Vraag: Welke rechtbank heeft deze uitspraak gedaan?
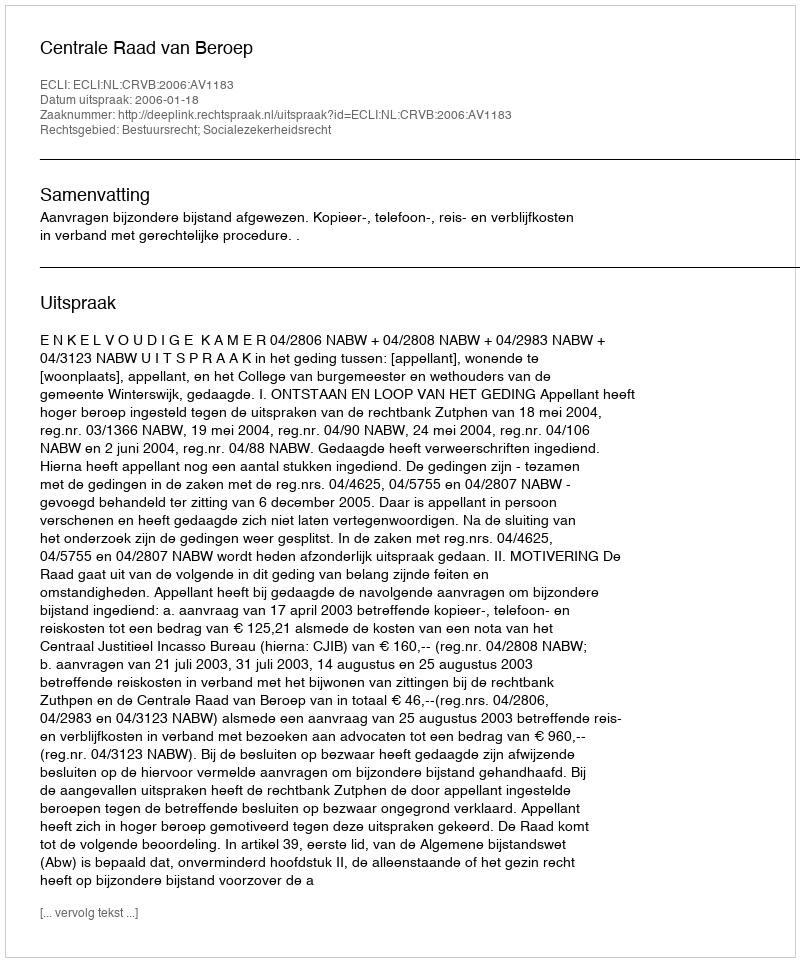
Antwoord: Centrale Raad van Beroep